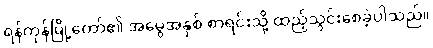
ရန်ကုန်မြို့တော်၏ အမွေအနှစ် စာရင်းသို့ ထည့်သွင်းစေခဲ့ပါသည်။